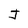
Character: J